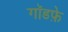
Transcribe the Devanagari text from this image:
गॉडफ़े